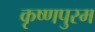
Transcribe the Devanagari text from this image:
कृष्णपुरम